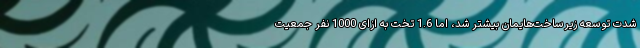
شدت توسعه زیرساخت‌هایمان بیشتر شد، اما 1.6 تخت به ازای 1000 نفر جمعیت